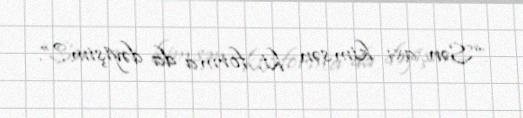
“Sən axı kimsən ki, forma da dəyişim?”.